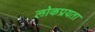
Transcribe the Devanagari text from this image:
लोकप्रयता